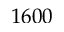
1 6 0 0